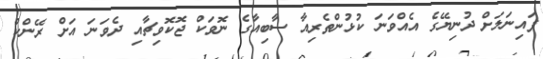
ފައިނަލަށް ދުނިޔޭގެ އެއްވަނަ ކުޅުންތެރިއާ ސާބިއާގެ ނޮވަކް ޖޮކޮވިޗާއި ދެވަނަ އަށް ރޭންކް